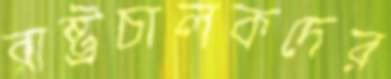
রাষ্ট্রচালকদের